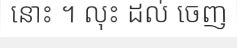
នោះ ។ លុះ ដល់ ចេញ